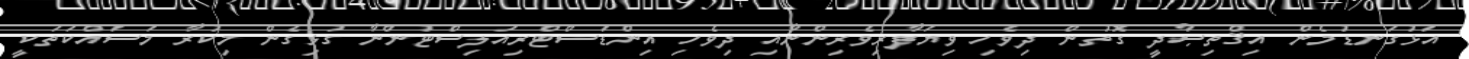
އަޅުގަނޑުމެން އިޤްތިޞާދީ ގޮތުން ދިވެހި ވިޔަފާރިވެރިންނާއި ދިވެހި އިންޑަސްޓްރިއަލިސްޓުންނާ ގުޅިގެން މިކުރާ މަސައްކަތަކީ